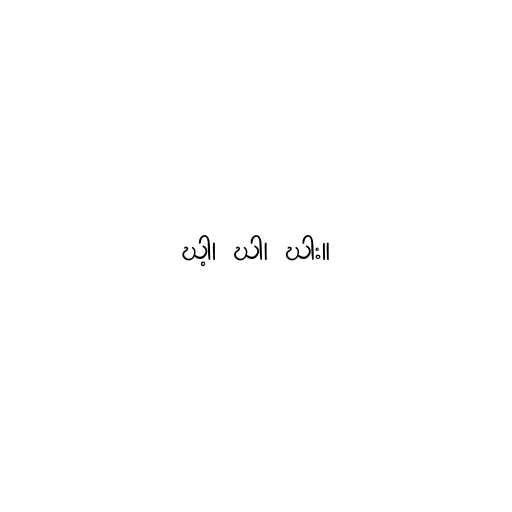
ဃါ့၊ ဃါ၊ ဃါး။